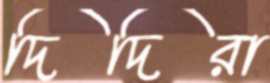
দিদিরা